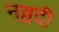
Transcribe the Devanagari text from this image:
नव्वदी